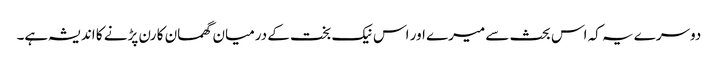
دوسرے یہ کہ اس بحث سے میرے اور اس نیک بخت کے درمیان گھمسان کا رن پڑنے کا اندیشہ ہے۔